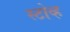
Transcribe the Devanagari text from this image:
स्टोव्ह